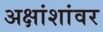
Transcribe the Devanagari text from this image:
अक्षांशांवर